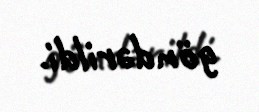
göndərildi.